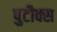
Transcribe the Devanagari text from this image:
पुटौक्स